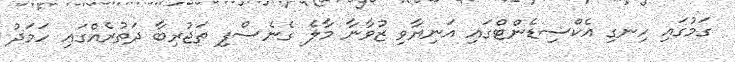
ގަމުގައި ހިނގި އެކްސިޑެންޓްގައި އަނިޔާވި ޒުވާނާ މާލެ ގެނެސްފި ތަޖުރިބާ ދަތުރެއްގައި ހަމަދު